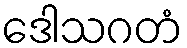
ဒေါသဂတံ